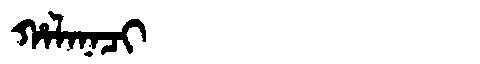
Manchu: ᡥᠠᠯᠠᠨᠠᠴᡳ
Romanization: HALANACI